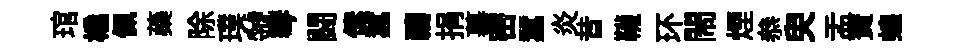
琯橇佩蘃除璞虢琴闘傃蠶禱捐摹密蠶炎昔韈环閙煙叅臾盂寳蝗